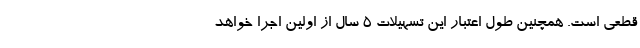
قطعی است. همچنین طول اعتبار این تسهیلات ۵ سال از اولین اجرا خواهد